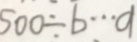
5 0 0 \div b \cdots a